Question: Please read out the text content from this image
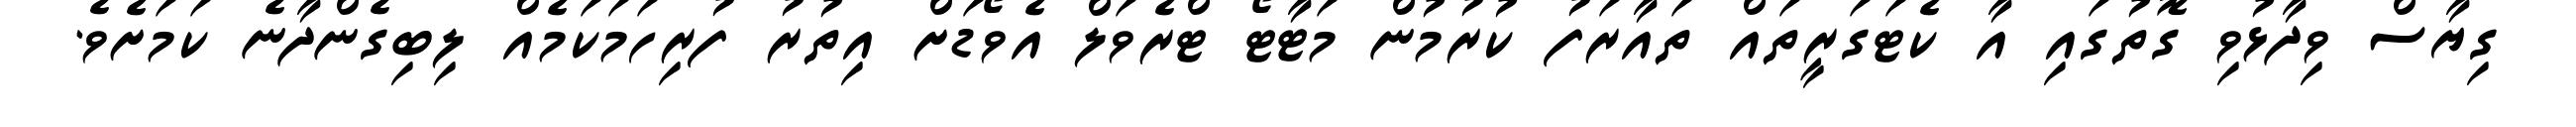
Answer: ގިޔާސް ވިދާޅުވި ގޮތުގައި އާ ކެޓަގަރީތައް ތައާރަފު ކުރުމުން މަޓާޓޯ ޓްރެވަލް އެވޯޑަށް އިތުރު ފުރިހަމަކަމެއް ލިބިގެންދާނެ ކަމަށެވެ.